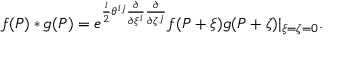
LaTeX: f ( P ) * g ( P ) = e ^ { \frac { i } { 2 } \theta ^ { i j } \frac { \partial } { \partial \xi ^ { i } } \frac { \partial } { \partial \zeta ^ { j } } } f ( P + \xi ) g ( P + \zeta ) | _ { \xi = \zeta = 0 } .